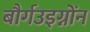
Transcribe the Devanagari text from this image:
बौर्गउइग्नोंन